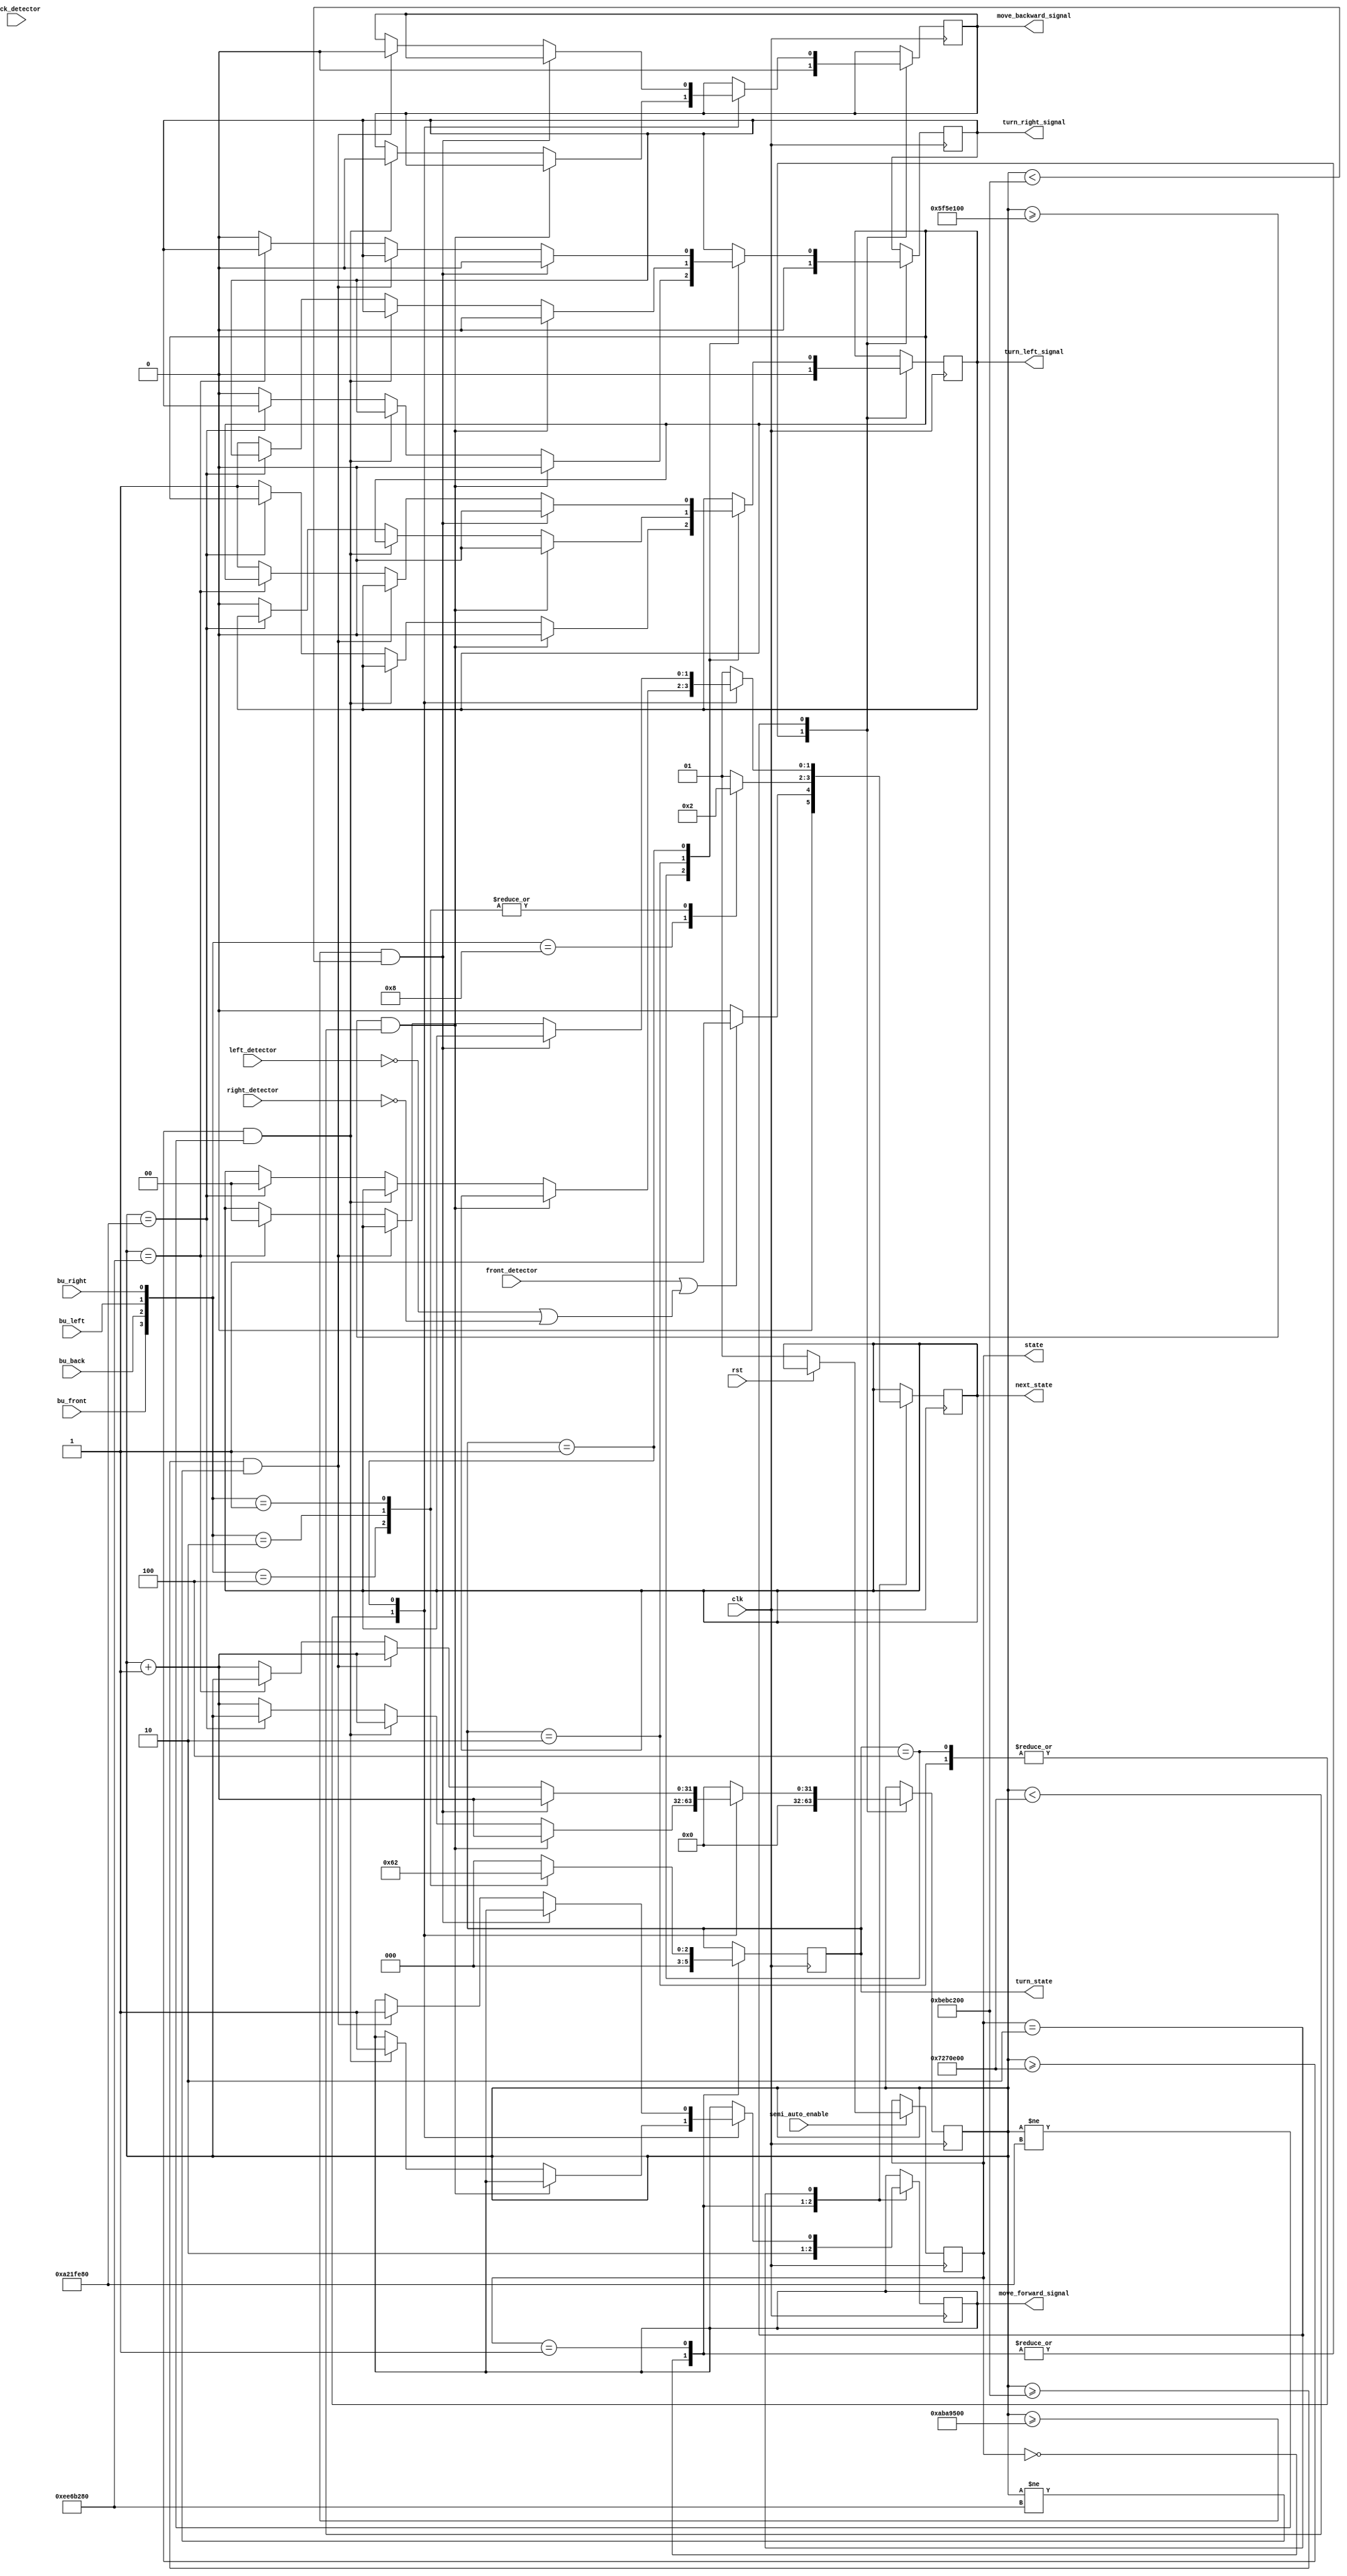
module semi_auto (
    input clk,
    input semi_auto_enable,//enable
    input rst,

    input front_detector,
    input back_detector,
    input left_detector,
    input right_detector,

    input bu_front,
    input bu_back,
    input bu_left,
    input bu_right,
    output reg [2:0] turn_state,
    output reg [1:0] state,
    output reg [1:0] next_state,
    output reg turn_left_signal,
    output reg turn_right_signal,
    output reg move_backward_signal,
    output reg move_forward_signal
);
parameter S0 = 2'b00, S1 = 2'b01, S2 = 2'b10;//S0 Moving, S1 Waiting, S2 Turning

//left, right, back
reg [31:0] count;
always @(posedge clk) begin
    if(semi_auto_enable)begin
        if (!rst) begin
            state <= 2'b01;
        end
        else
            state <= next_state;
    end
end

parameter T = 100000000, T_2 = 180000000;
parameter T_w = 120000000, T_w2 = 200000000;
parameter T_s = 170000000, T_s2 = 250000000;
// parameter T = 10, T_2 = 18, T_w = 12, T_w2 = 20, T_s = 17, T_s2 = 25;
always @(posedge clk) begin
    case(state)
        S0:begin
            {move_backward_signal, move_forward_signal} <= 2'b01;
            {turn_left_signal,turn_right_signal} <= 2'b00;
            turn_state <= 3'b000;
            count <= 0;
            if(front_detector == 1'b1 || (left_detector == 1'b0 || right_detector == 1'b0)) begin
                next_state <= S1;
            end
            else begin
                next_state <= S0;
            end
        end
        S1:begin
            {move_backward_signal, move_forward_signal} <= 2'b00;
            {turn_left_signal,turn_right_signal} <= 2'b00;
            turn_state <= 3'b000;
            count <= 0;
            case({bu_front, bu_back, bu_left, bu_right})
                4'b1000:begin
                    turn_state <= 3'b000;
                    next_state <= S0;
                end
                4'b0100:begin
                    turn_state <= 3'b001;
                    next_state <= S2;
                end
                4'b0010:begin
                    turn_state <= 3'b100;
                    next_state <= S2;
                end
                4'b0001:begin
                    turn_state <= 3'b010;
                    next_state <= S2;
                end
                default:begin
                    turn_state <= 3'b000;
                    next_state <= S1;
                end
            endcase
        end
        S2:begin
            case(turn_state)
                3'b100:begin
                    if((count >= T) && (count < T_w))begin
                        {turn_left_signal,turn_right_signal} <= 2'b00;
                        count <= count + 1;
                    end
                    else if((count >= T_w) && (count != T_s))begin
                        {move_backward_signal, move_forward_signal} <= 2'b01;
                        count <= count + 1;
                    end
                    else if(count == T_s)begin
                        next_state <= S0;
                    end
                    else begin
                        {turn_left_signal,turn_right_signal} <= 2'b10;
                        count <= count + 1;
                    end
                end
                3'b010:begin
                    if((count >= T) && (count < T_w))begin
                        {turn_left_signal,turn_right_signal} <= 2'b00;
                        count <= count + 1;
                    end
                    else if((count >= T_w) && (count != T_s))begin
                        {move_backward_signal, move_forward_signal} <= 2'b01;
                        count <= count + 1;
                    end
                    else if(count == T_s)begin
                        next_state <= S0;
                    end
                    else begin
                        {turn_left_signal,turn_right_signal} <= 2'b01;
                        count <= count + 1;
                    end
                end
                3'b001:begin
                    if((count >= T_2) && (count < T_w2))begin
                        {turn_left_signal,turn_right_signal} <= 2'b00;
                        count <= count + 1;
                    end
                    else if((count >= T_w2) && (count != T_s2))begin
                        {move_backward_signal, move_forward_signal} <= 2'b01;
                        count <= count + 1;
                    end
                    else if(count == T_s2)begin
                        next_state <= S0;
                    end
                    else begin
                        {turn_left_signal,turn_right_signal} <= 2'b10;
                        count <= count + 1;
                    end
                end
                default:begin
                    count <= 0;
                    next_state <= S1;
                end
            endcase
        end
    endcase
end

endmodule